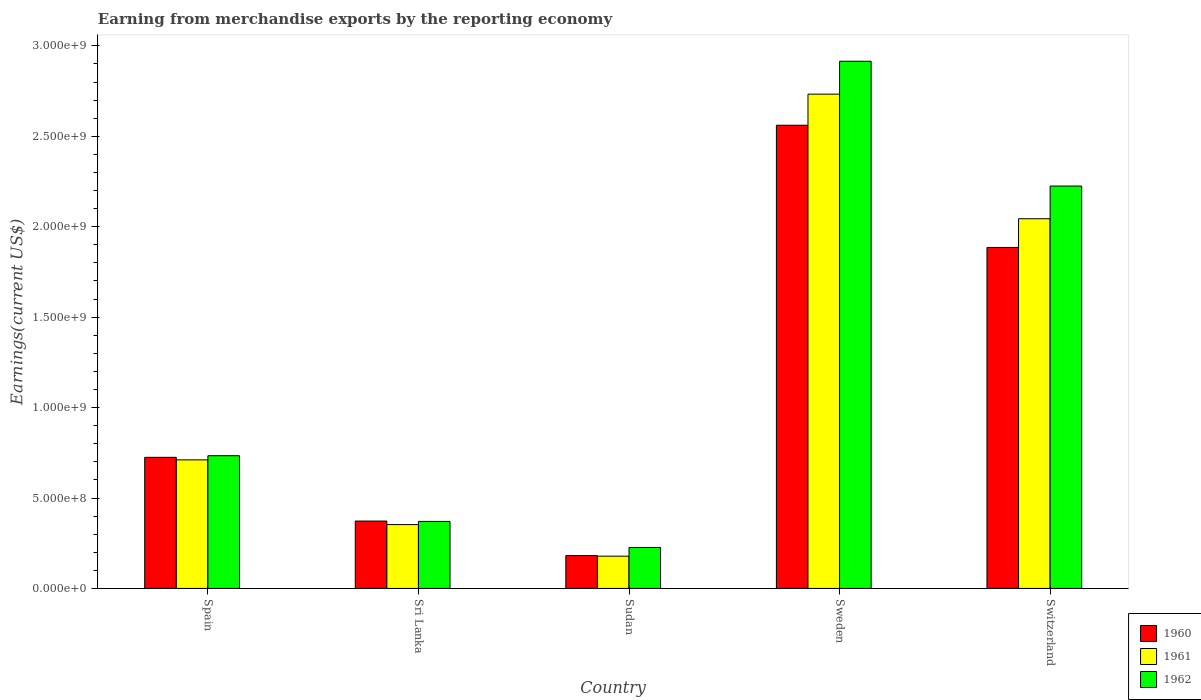
| Country | 1960 | 1961 | 1962 |
 | --- | --- | --- | --- |
 | Spain | 7.25e+08 | 7.11e+08 | 7.34e+08 |
 | Sri Lanka | 3.73e+08 | 3.53e+08 | 3.71e+08 |
 | Sudan | 1.82e+08 | 1.78e+08 | 2.27e+08 |
 | Sweden | 2.56e+09 | 2.73e+09 | 2.92e+09 |
 | Switzerland | 1.89e+09 | 2.04e+09 | 2.22e+09 |